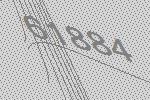
61884